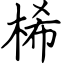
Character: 桸